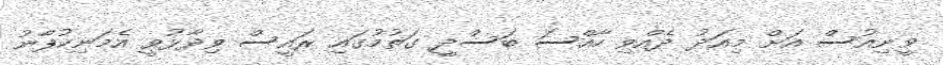
ވީނިއުސް އަށް މިއަދު ދެއްވި ހާއްސަ ބަސްދީ ގަތުމުގައި ރައީސް ވިދާޅުވީ އެމަނިކުފާނު